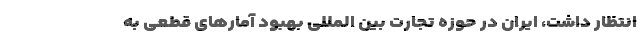
انتظار داشت، ایران در حوزه تجارت بین المللی بهبود آمارهای قطعی به